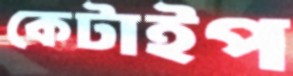
কেটাইপ